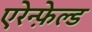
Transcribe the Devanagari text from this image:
एरेन्फ़ेल्ड